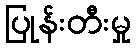
ပြုန်းတီးမှု